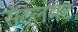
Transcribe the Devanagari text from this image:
सैटलमेंट